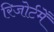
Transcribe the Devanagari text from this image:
रिजोर्टमेँ